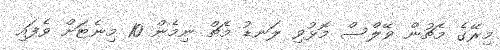
މިރޭގެ މެޗުން ވޭލްސް މޮޅުވި ލަނޑު މެޗް ނިމެން 10 މިނެޓަށް ވެފައި